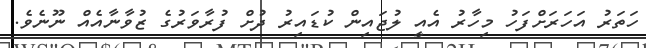
ހަތަރު އަހަރަށްފަހު މިހާރު އެއީ ލުޖައިން ކުޑައިރު ދުށް ފުރާވަރުގެ ޒުވާނާއެއް ނޫނެވެ.